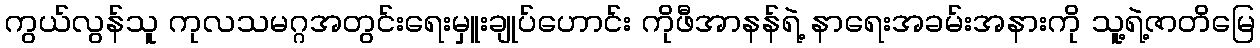
ကွယ်လွန်သူ ကုလသမဂ္ဂအတွင်းရေးမှူးချုပ်ဟောင်း ကိုဖီအာနန်ရဲ့ နာရေးအခမ်းအနားကို သူ့ရဲ့ဇာတိမြေ